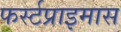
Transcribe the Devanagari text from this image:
फर्स्टप्राइमास